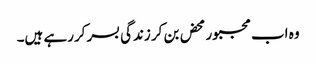
وہ اب مجبورمحض بن کر زندگی بسر کررہے ہیں۔